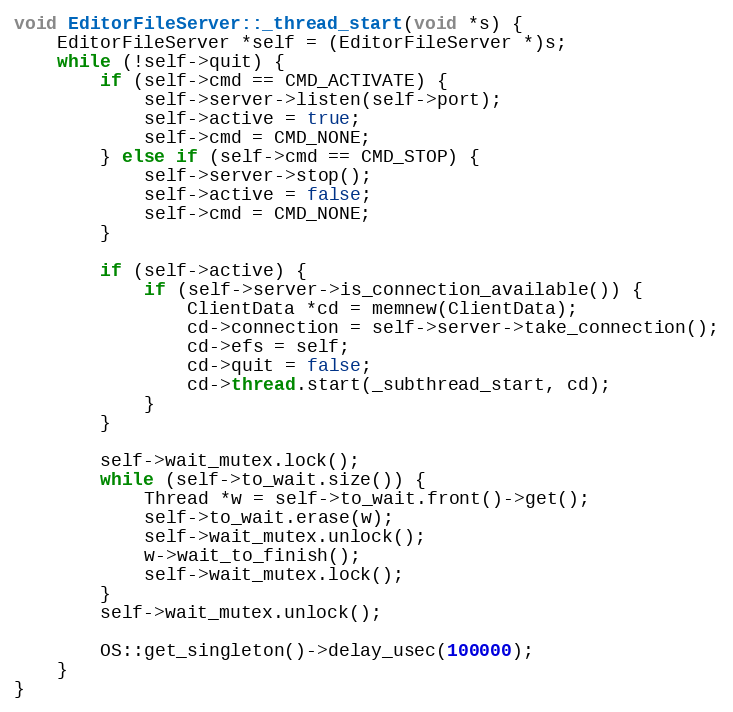
Language: C++
void EditorFileServer::_thread_start(void *s) {
	EditorFileServer *self = (EditorFileServer *)s;
	while (!self->quit) {
		if (self->cmd == CMD_ACTIVATE) {
			self->server->listen(self->port);
			self->active = true;
			self->cmd = CMD_NONE;
		} else if (self->cmd == CMD_STOP) {
			self->server->stop();
			self->active = false;
			self->cmd = CMD_NONE;
		}

		if (self->active) {
			if (self->server->is_connection_available()) {
				ClientData *cd = memnew(ClientData);
				cd->connection = self->server->take_connection();
				cd->efs = self;
				cd->quit = false;
				cd->thread.start(_subthread_start, cd);
			}
		}

		self->wait_mutex.lock();
		while (self->to_wait.size()) {
			Thread *w = self->to_wait.front()->get();
			self->to_wait.erase(w);
			self->wait_mutex.unlock();
			w->wait_to_finish();
			self->wait_mutex.lock();
		}
		self->wait_mutex.unlock();

		OS::get_singleton()->delay_usec(100000);
	}
}